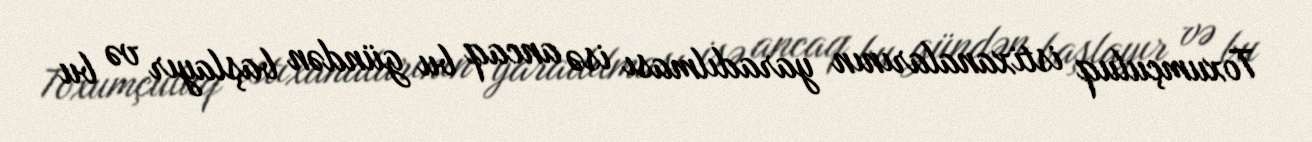
Toxumçuluq istixanalarının yaradılması isə ancaq bu gündən başlayır və bu